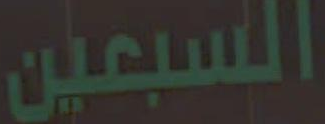
السبعين